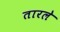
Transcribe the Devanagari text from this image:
तारले